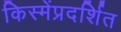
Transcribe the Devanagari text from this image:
किस्मेंप्रदर्शित